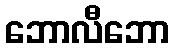
ဘောလီဘော